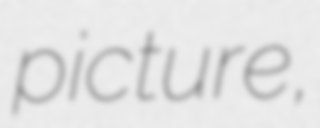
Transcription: picture,